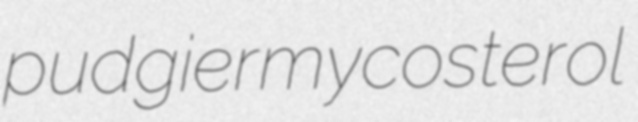
pudgier mycosterol